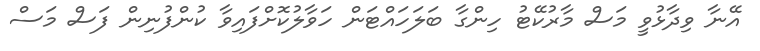
އޭނާ ވިދާޅުވީ މަސް މާރުކޭޓު ހިންގާ ބަލަހައްޓަން ހަވާލުކޮށްފައިވާ ކުންފުނިން ފަސް މަސް